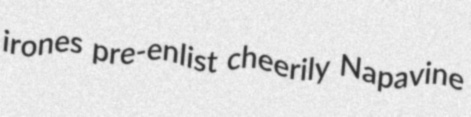
irones pre-enlist cheerily Napavine